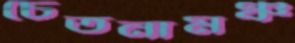
চেতনামঞ্চ